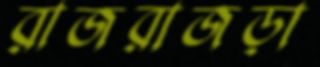
রাজরাজড়া